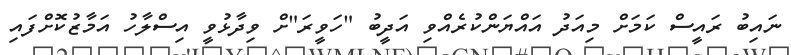
ނައިބު ރައީސް ކަމަށް މިއަދު އައްޔަންކުރެއްވި އަދީބު "ހަވީރަ"ށް ވިދާޅުވީ އިސްލާހު އަމާޒުކޮށްފައި